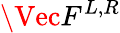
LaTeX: \Vec{F}^{L,R}